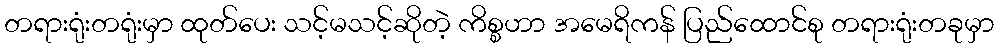
တရားရုံးတရုံးမှာ ထုတ်ပေး သင့်မသင့်ဆိုတဲ့ ကိစ္စဟာ အမေရိကန် ပြည်ထောင်စု တရားရုံးတခုမှာ